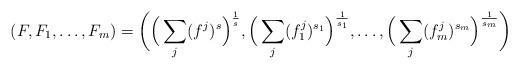
LaTeX: \begin{align*}(F, F_1, \dots,F_m)=\bigg(\Big(\sum_j (f^j)^{s}\Big)^\frac1{s},\Big(\sum_j (f_1^j)^{s_1}\Big)^\frac1{s_1},\dots,\Big(\sum_j (f_m^j)^{s_m}\Big)^\frac1{s_m}\bigg)\end{align*}